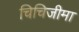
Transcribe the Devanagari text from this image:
चिचिजीमा